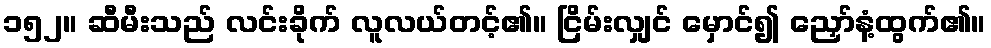
၁၅၂။ ဆီမီးသည် လင်းခိုက် လူလယ်တင့်၏။ ငြိမ်းလျှင် မှောင်၍ ညှော်နံ့ထွက်၏။